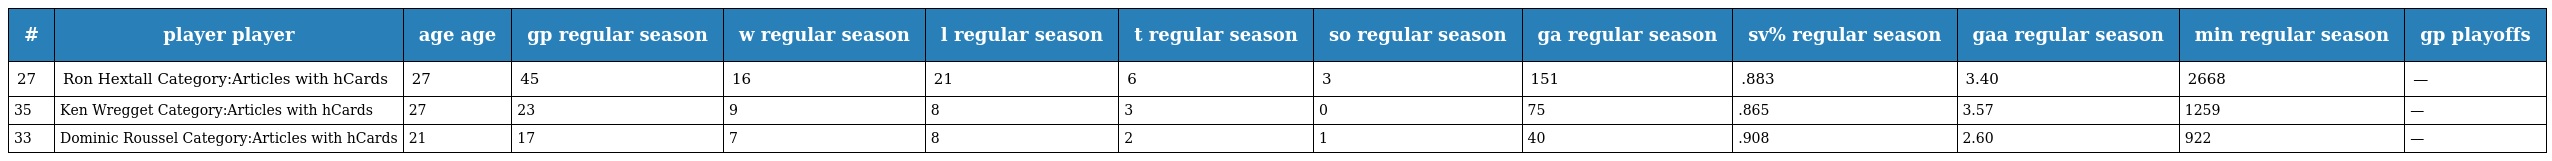
| # | player player | age age | gp regular season | w regular season | l regular season | t regular season | so regular season | ga regular season | sv% regular season | gaa regular season | min regular season | gp playoffs |
 | --- | --- | --- | --- | --- | --- | --- | --- | --- | --- | --- | --- | --- |
 | 27 | Ron Hextall Category:Articles with hCards | 27 | 45 | 16 | 21 | 6 | 3 | 151 | .883 | 3.40 | 2668 | — |
 | 35 | Ken Wregget Category:Articles with hCards | 27 | 23 | 9 | 8 | 3 | 0 | 75 | .865 | 3.57 | 1259 | — |
 | 33 | Dominic Roussel Category:Articles with hCards | 21 | 17 | 7 | 8 | 2 | 1 | 40 | .908 | 2.60 | 922 | — |